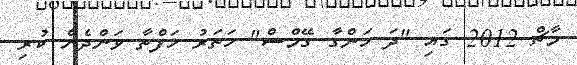
މާޗް 2012 ގައި "ދަ ހަންގާ ގޭމްސް" ހަތަރު ހަފްތާ ވަންދެން ކުރި